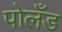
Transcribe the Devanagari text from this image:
पोलँड